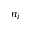
n _ { i }